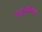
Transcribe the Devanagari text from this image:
साइलेशियन